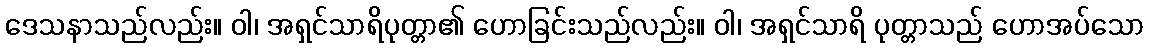
ဒေသနာသည်လည်း။ ဝါ၊ အရှင်သာရိပုတ္တာ၏ ဟောခြင်းသည်လည်း။ ဝါ၊ အရှင်သာရိ ပုတ္တာသည် ဟောအပ်သော